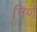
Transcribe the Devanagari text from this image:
निर्ण